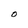
Character: O